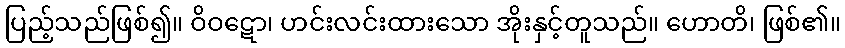
ပြည့်သည်ဖြစ်၍။ ဝိဝဋော၊ ဟင်းလင်းထားသော အိုးနှင့်တူသည်။ ဟောတိ၊ ဖြစ်၏။